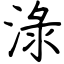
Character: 淥